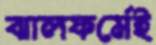
ঝালফর্মেই